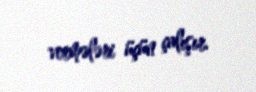
vermələri üçün çalışır.